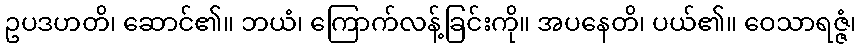
ဥပဒဟတိ၊ ဆောင်၏။ ဘယံ၊ ကြောက်လန့်ခြင်းကို။ အပနေတိ၊ ပယ်၏။ ဝေသာရဇ္ဇံ၊